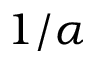
1 / \alpha